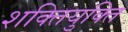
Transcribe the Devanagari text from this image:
शक्तियुक्ति